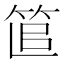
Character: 𥭱